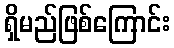
ရှိမည်ဖြစ်ကြောင်း